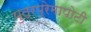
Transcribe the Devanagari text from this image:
पुत्रप्रेमापोटी